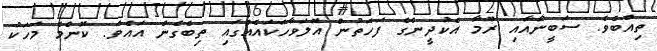
ތިއްބެވެ. ސަބީނާއާއި ރޫމާ އެކުދީންގެ ފަހަތުން އޮލަވާހަކައެއްގައި ތިބެގެން އައެވެ. ކޮންމެ މަހަކު